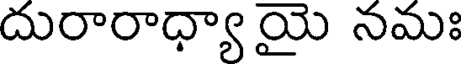
దురారాధ్యా యై నమః